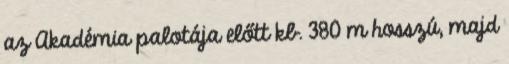
az Akadémia palotája előtt kb. 380 m hosszú, majd